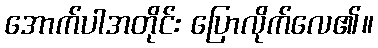
အောက်ပါအတိုင်း ပြောလိုက်လေ၏။